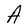
Character: A